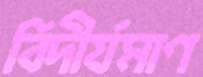
বিদীর্যমাণ